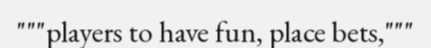
"""players to have fun, place bets,"""